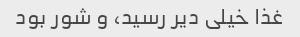
غذا خیلی دیر رسید، و شور بود